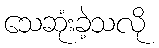
သေဆုံးခဲ့သလို